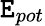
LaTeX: \mathtt{E}_{pot}